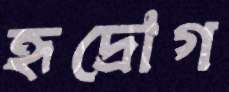
হৃদ্‌রোগ